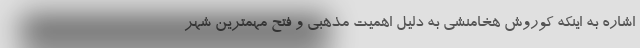
اشاره به اینکه کوروش هخامنشی به دلیل اهمیت مذهبی و فتح مهمترین شهر